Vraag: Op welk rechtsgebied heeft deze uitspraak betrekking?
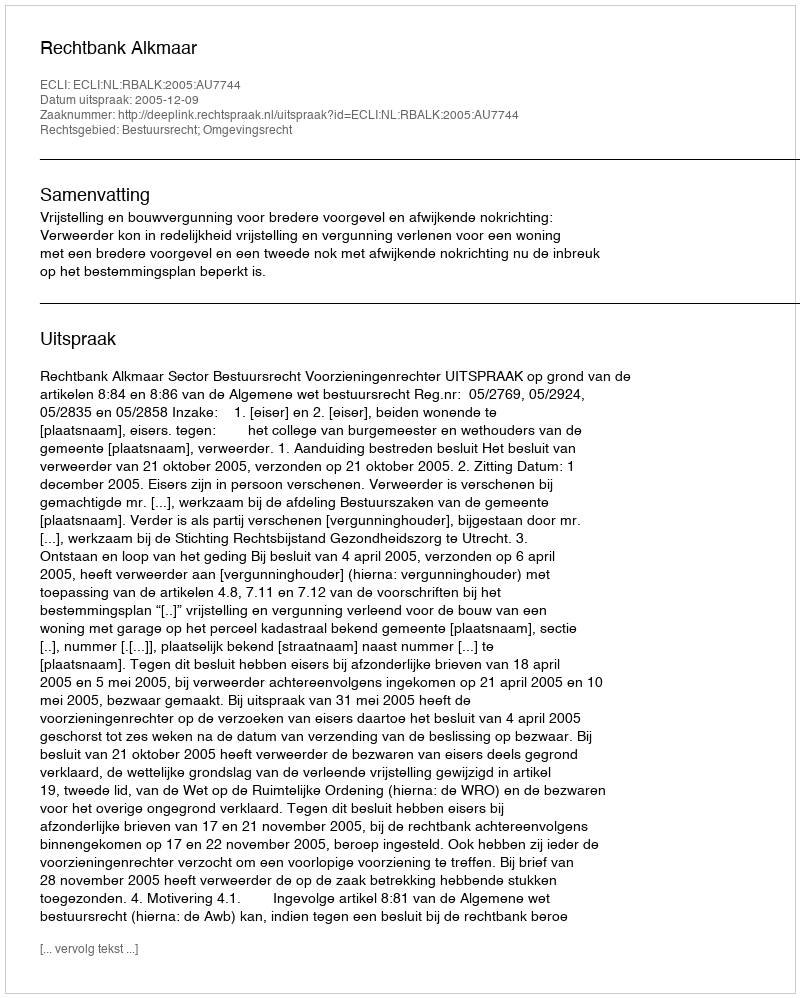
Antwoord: Bestuursrecht; Omgevingsrecht